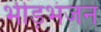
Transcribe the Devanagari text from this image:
भीड़भंजन